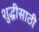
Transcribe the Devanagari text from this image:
शुद्धीसाठी